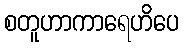
စတူဟာကာရေဟိပေ